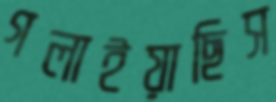
গলাইয়াছিস